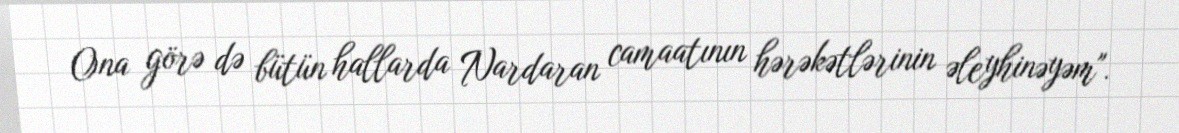
Ona görə də bütün hallarda Nardaran camaatının hərəkətlərinin əleyhinəyəm".